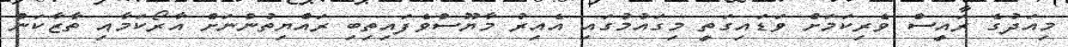
މިއަދުގެ ރައީސް ވެރިކަމަށް ވަޑައިގަތީ މިގައުމުގައި އެއިރު މާޔޫސްވެފައިތިބި ރައްޔިތުންނަށް އާރޯކަމާއި ތާޒާކަން